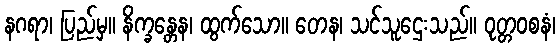
နဂရာ၊ ပြည်မှ။ နိက္ခန္တေန၊ ထွက်သော။ တေန၊ သင်သူဌေးသည်။ ဝုတ္တဝစနံ၊